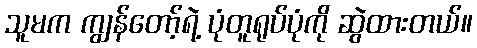
သူမက ကျွန်တော့်ရဲ့ ပုံတူရုပ်ပုံကို ဆွဲထားတယ်။